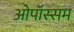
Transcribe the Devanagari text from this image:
ओपॉस्सम